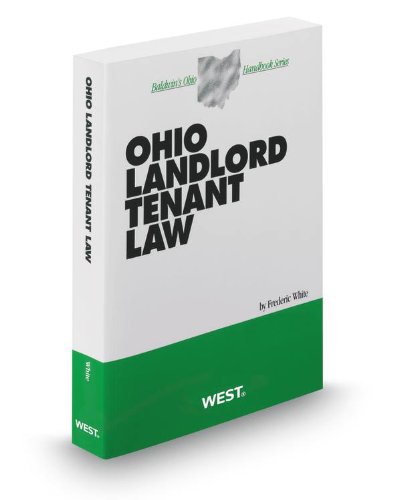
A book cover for Ohio Landlord Tenant Law, 2012-2013 ed. (Baldwin's Ohio Handbook Series); Frederic White; Law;